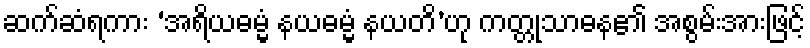
ဆက်ဆံရကား ‘အရိယဓမ္မံ နယဓမ္မံ နယတိ’ဟု ကတ္တုသာဓန၏ အစွမ်းအားဖြင့်